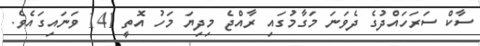
ސާކް ސަރަހައްދުގެ ދެވަނަ މަގާމުގައި ރާއްޖެ މިދިޔަ މަހު އޮތީ 141 ވަނައިގައެވެ.